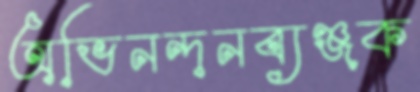
অভিনন্দনব্যঞ্জক